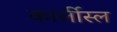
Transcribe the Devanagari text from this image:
कार्लीस्ल